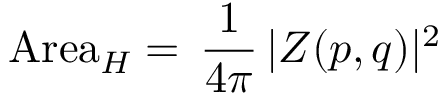
\mathrm { A r e a } _ { H } = \, \frac { 1 } { 4 \pi } \, \vert Z ( p , q ) \vert ^ { 2 }